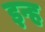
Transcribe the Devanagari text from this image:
इन्ह